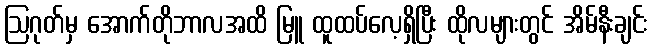
ဩဂုတ်မှ အောက်တိုဘာလအထိ မြူ ထူထပ်လေ့ရှိပြီး ထိုလများတွင် အိမ်နီးချင်း